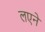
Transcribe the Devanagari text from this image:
लएने